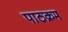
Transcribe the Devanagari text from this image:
पाठक्रम